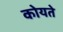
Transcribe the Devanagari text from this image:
कोयते